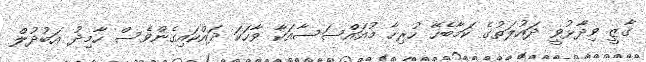
ގާޒީ ވިދާޅުވީ ދައުލަތުގެ ކަމާބެހޭ ހުރިހާ މުއައްސަސާއަކާ ވާހަކަ ދައްކައިގެންވެސް ހާމިދު އަބުދުލް